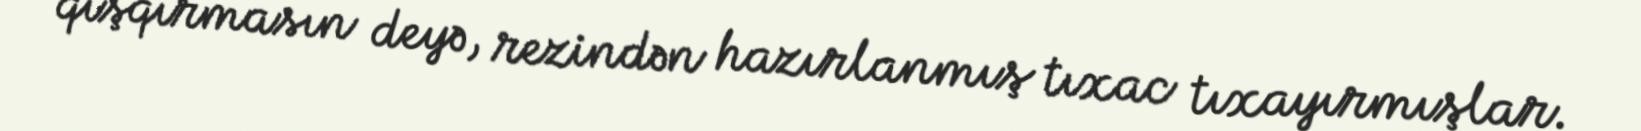
qışqırmasın deyə, rezindən hazırlanmış tıxac tıxayırmışlar.